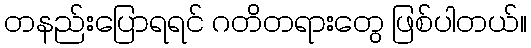
တနည်းပြောရရင် ဂတိတရားတွေ ဖြစ်ပါတယ်။